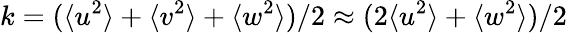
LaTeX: k=({\langle u^{2}\rangle}+{\langle v^{2}\rangle}+{\langle w^{2}\rangle})/2\approx(2{\langle u^{2}\rangle}+{\langle w^{2}\rangle})/2